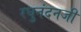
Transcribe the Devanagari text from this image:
रघुनंदनजी